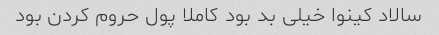
سالاد کینوا خیلی بد بود کاملا پول حروم کردن بود